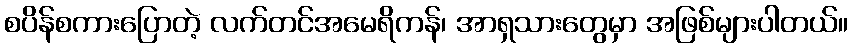
စပိန်စကားပြောတဲ့ လက်တင်အမေရိကန်၊ အာရှသားတွေမှာ အဖြစ်များပါတယ်။